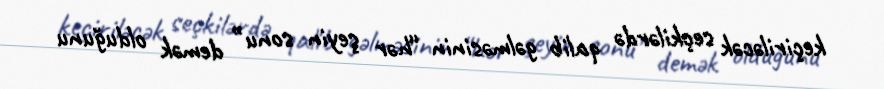
keçiriləcək seçkilərdə qalib gəlməsinin “hər şeyin sonu” demək olduğunu